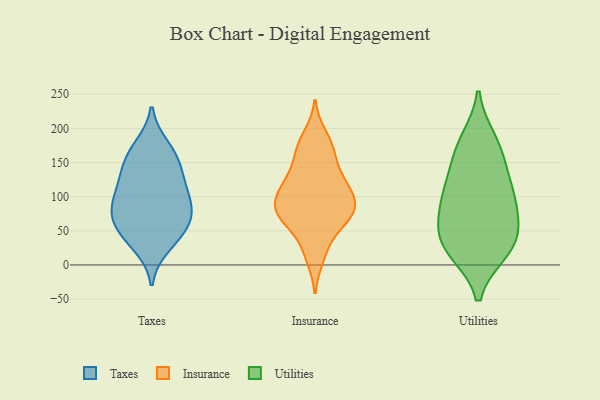
{"axis": {"x": "Tickets Resolved", "y": "Value"}, "legend": ["Insurance", "Taxes", "Utilities"], "data": [{"x": "", "y": 70, "type": "Taxes"}, {"x": "", "y": 28, "type": "Taxes"}, {"x": "", "y": 47, "type": "Taxes"}, {"x": "", "y": 45, "type": "Taxes"}, {"x": "", "y": 87, "type": "Taxes"}, {"x": "", "y": 130, "type": "Taxes"}, {"x": "", "y": 97, "type": "Taxes"}, {"x": "", "y": 154, "type": "Taxes"}, {"x": "", "y": 65, "type": "Taxes"}, {"x": "", "y": 128, "type": "Taxes"}, {"x": "", "y": 173, "type": "Taxes"}, {"x": "", "y": 107, "type": "Taxes"}, {"x": "", "y": 162, "type": "Taxes"}, {"x": "", "y": 79, "type": "Taxes"}, {"x": "", "y": 26, "type": "Insurance"}, {"x": "", "y": 73, "type": "Insurance"}, {"x": "", "y": 190, "type": "Insurance"}, {"x": "", "y": 98, "type": "Insurance"}, {"x": "", "y": 170, "type": "Insurance"}, {"x": "", "y": 69, "type": "Insurance"}, {"x": "", "y": 81, "type": "Insurance"}, {"x": "", "y": 56, "type": "Insurance"}, {"x": "", "y": 85, "type": "Insurance"}, {"x": "", "y": 132, "type": "Insurance"}, {"x": "", "y": 81, "type": "Insurance"}, {"x": "", "y": 71, "type": "Insurance"}, {"x": "", "y": 155, "type": "Insurance"}, {"x": "", "y": 173, "type": "Insurance"}, {"x": "", "y": 125, "type": "Insurance"}, {"x": "", "y": 104, "type": "Insurance"}, {"x": "", "y": 118, "type": "Insurance"}, {"x": "", "y": 110, "type": "Insurance"}, {"x": "", "y": 10, "type": "Insurance"}, {"x": "", "y": 155, "type": "Utilities"}, {"x": "", "y": 102, "type": "Utilities"}, {"x": "", "y": 20, "type": "Utilities"}, {"x": "", "y": 89, "type": "Utilities"}, {"x": "", "y": 22, "type": "Utilities"}, {"x": "", "y": 172, "type": "Utilities"}, {"x": "", "y": 119, "type": "Utilities"}, {"x": "", "y": 107, "type": "Utilities"}, {"x": "", "y": 26, "type": "Utilities"}, {"x": "", "y": 62, "type": "Utilities"}, {"x": "", "y": 182, "type": "Utilities"}, {"x": "", "y": 40, "type": "Utilities"}, {"x": "", "y": 58, "type": "Utilities"}]}